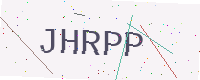
Text: JHRPP